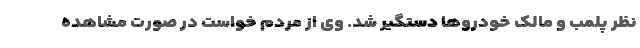
نظر پلمب و مالک خودروها دستگیر شد. وی از مردم خواست در صورت مشاهده